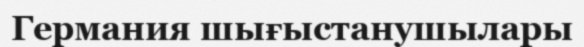
Германия шығыстанушылары